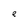
Character: e